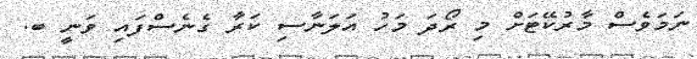
ނަމަވެސް މާރުކޭޓަށް މި ރޯދަ މަހު އަލަނާސި ކަރާ ގެނެސްފައި ވަނީ ބ.